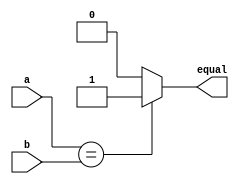
`timescale 1ns / 1ns
module comparator (input [31:0] a, b, 
                   output equal);
                   
  assign equal = (a == b) ? 1'b1 : 1'b0;
endmodule